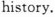
history.